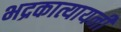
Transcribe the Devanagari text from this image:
भद्रकात्यायनी